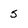
Character: 5